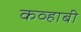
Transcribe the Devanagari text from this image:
कव्हाबी